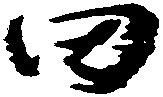
田